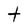
Character: t